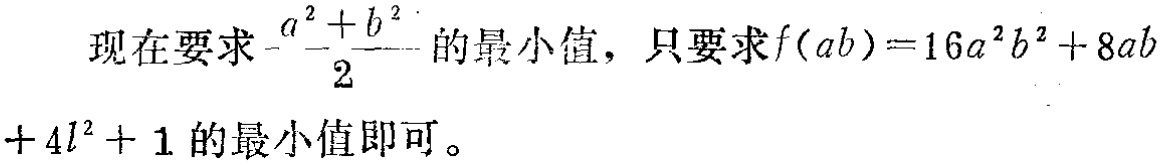
现在要求\(\frac{a^{2} + b^{2}}{2}\)的最小值，只要求\(f(ab)=16a^{2}b^{2}+8ab + 4l^{2}+1\)的最小值即可。